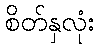
စိတ်နှလုံး